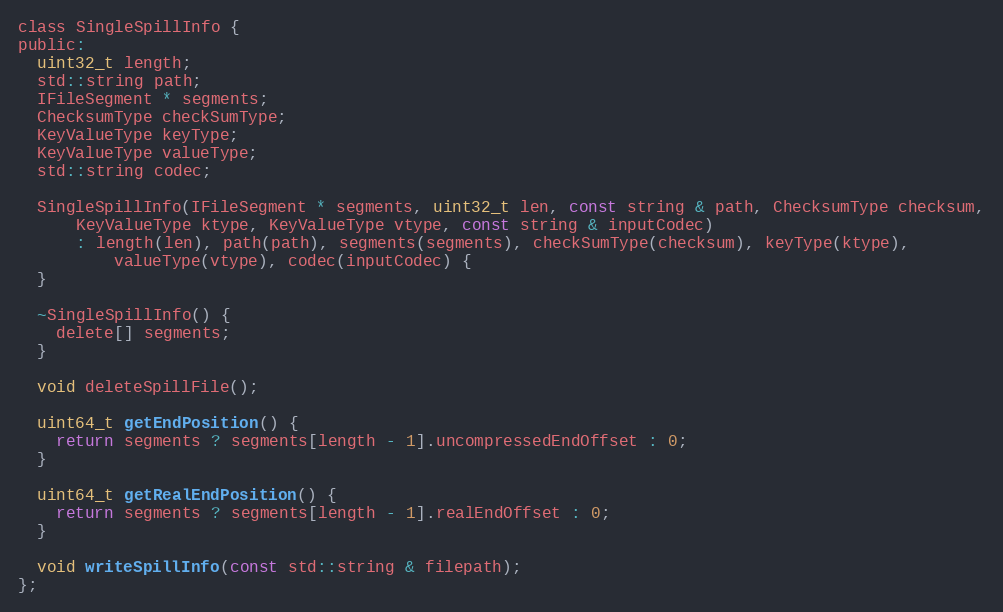
Language: C
class SingleSpillInfo {
public:
  uint32_t length;
  std::string path;
  IFileSegment * segments;
  ChecksumType checkSumType;
  KeyValueType keyType;
  KeyValueType valueType;
  std::string codec;

  SingleSpillInfo(IFileSegment * segments, uint32_t len, const string & path, ChecksumType checksum,
      KeyValueType ktype, KeyValueType vtype, const string & inputCodec)
      : length(len), path(path), segments(segments), checkSumType(checksum), keyType(ktype),
          valueType(vtype), codec(inputCodec) {
  }

  ~SingleSpillInfo() {
    delete[] segments;
  }

  void deleteSpillFile();

  uint64_t getEndPosition() {
    return segments ? segments[length - 1].uncompressedEndOffset : 0;
  }

  uint64_t getRealEndPosition() {
    return segments ? segments[length - 1].realEndOffset : 0;
  }

  void writeSpillInfo(const std::string & filepath);
};